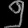
Digit: ၅